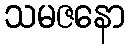
သမဇနော